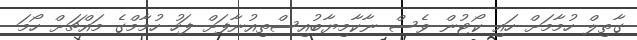
ގާތިލް ހުމާމަށް ހައި ކޯޓުން ވެސް ނާކާމިޔާބުއިސްތިއުނާފަށް ފަހު ހުމާމްގެ މައްޗަށް ހޯމަ